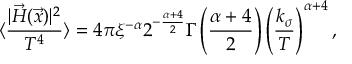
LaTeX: \langle \frac { | \vec { H } ( \vec { x } ) | ^ { 2 } } { T ^ { 4 } } \rangle = 4 \pi \xi ^ { - \alpha } 2 ^ { - \frac { \alpha + 4 } { 2 } } \Gamma \left( \frac { \alpha + 4 } { 2 } \right) \left( \frac { k _ { \sigma } } { T } \right) ^ { \alpha + 4 } ,